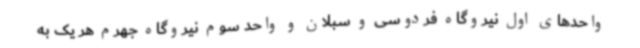
واحدهای اول نیروگاه فردوسی و سبلان و واحد سوم نیروگاه جهرم هر یک به